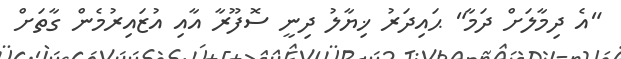
"އެ ދިމާލަށް ދަމާ" ޙައިދަރު ޚިޔާލު ދިނީ ސޮފޫރާ އާއި އުޒައިރުމެން ގާތަށް